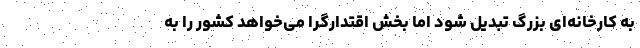
به کارخانه‌ای بزرگ تبدیل شود اما بخش اقتدارگرا می‌خواهد کشور را به